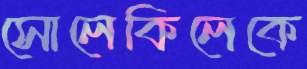
সোলেকিলেকে